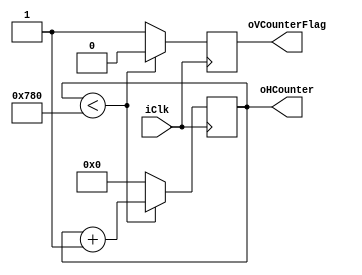
module hcounter (
	input iClk,
	output [15:0]oHCounter,
	output oVCounterFlag
);

reg [15:0]HCount_D = 16'd0;
reg [15:0]HCount_Q = 16'd0;

reg VCounterFlag_D;
reg VCounterFlag_Q;

assign oHCounter = HCount_Q;
assign oVCounterFlag = VCounterFlag_Q;
	
always @ (posedge iClk)
begin
	HCount_Q <= HCount_D;
	VCounterFlag_Q <= VCounterFlag_D;
end

always @ * 
begin
	if(HCount_Q < 15'd1920) // resolucin horizontal 
	begin
		HCount_D = HCount_Q + 15'd1; //contador de hsync
		VCounterFlag_D = 1'd0; // bandera para activar vsync
	end
	else
	begin
		HCount_D = 15'd0;
		VCounterFlag_D = 1'd1;
	end
end

endmodule